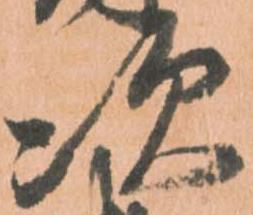
次